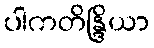
ပါကတိန္ဒြိယာ